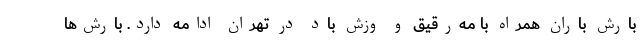
بارش باران همراه با مه‌رقیق و وزش باد در تهران ادامه دارد. بارش‌ها